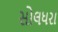
સોલધરા